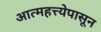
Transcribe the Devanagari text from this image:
आत्महत्त्येपासून